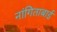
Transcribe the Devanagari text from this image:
नांगिताबाई